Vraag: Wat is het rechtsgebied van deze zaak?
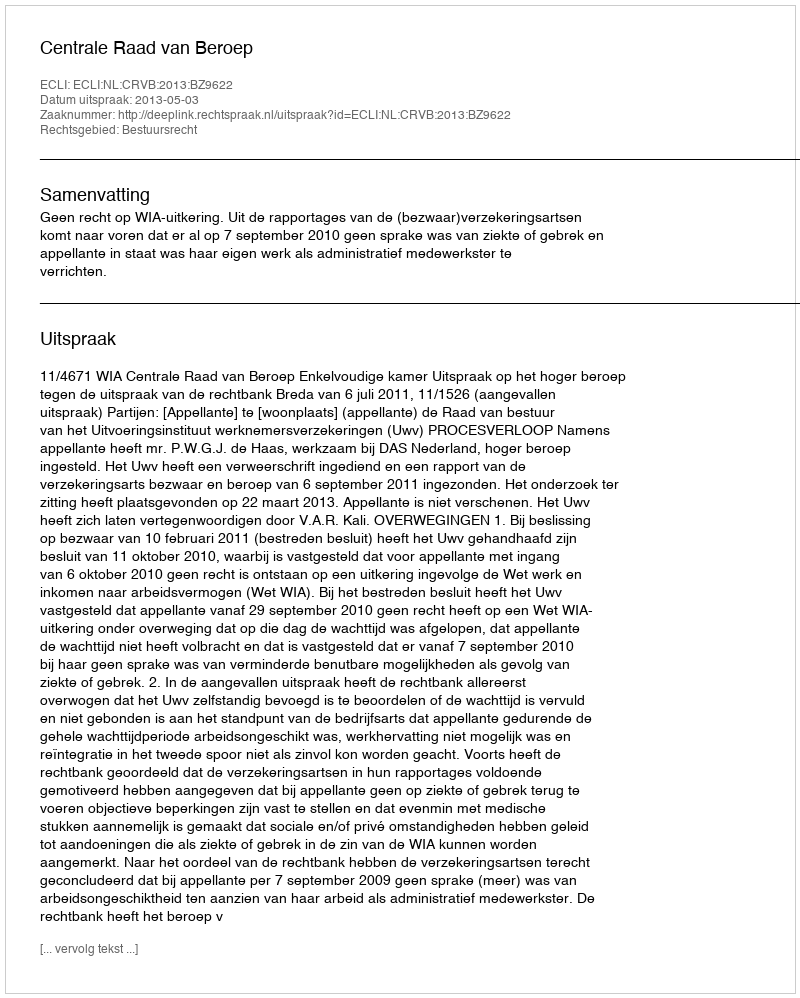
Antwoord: Bestuursrecht